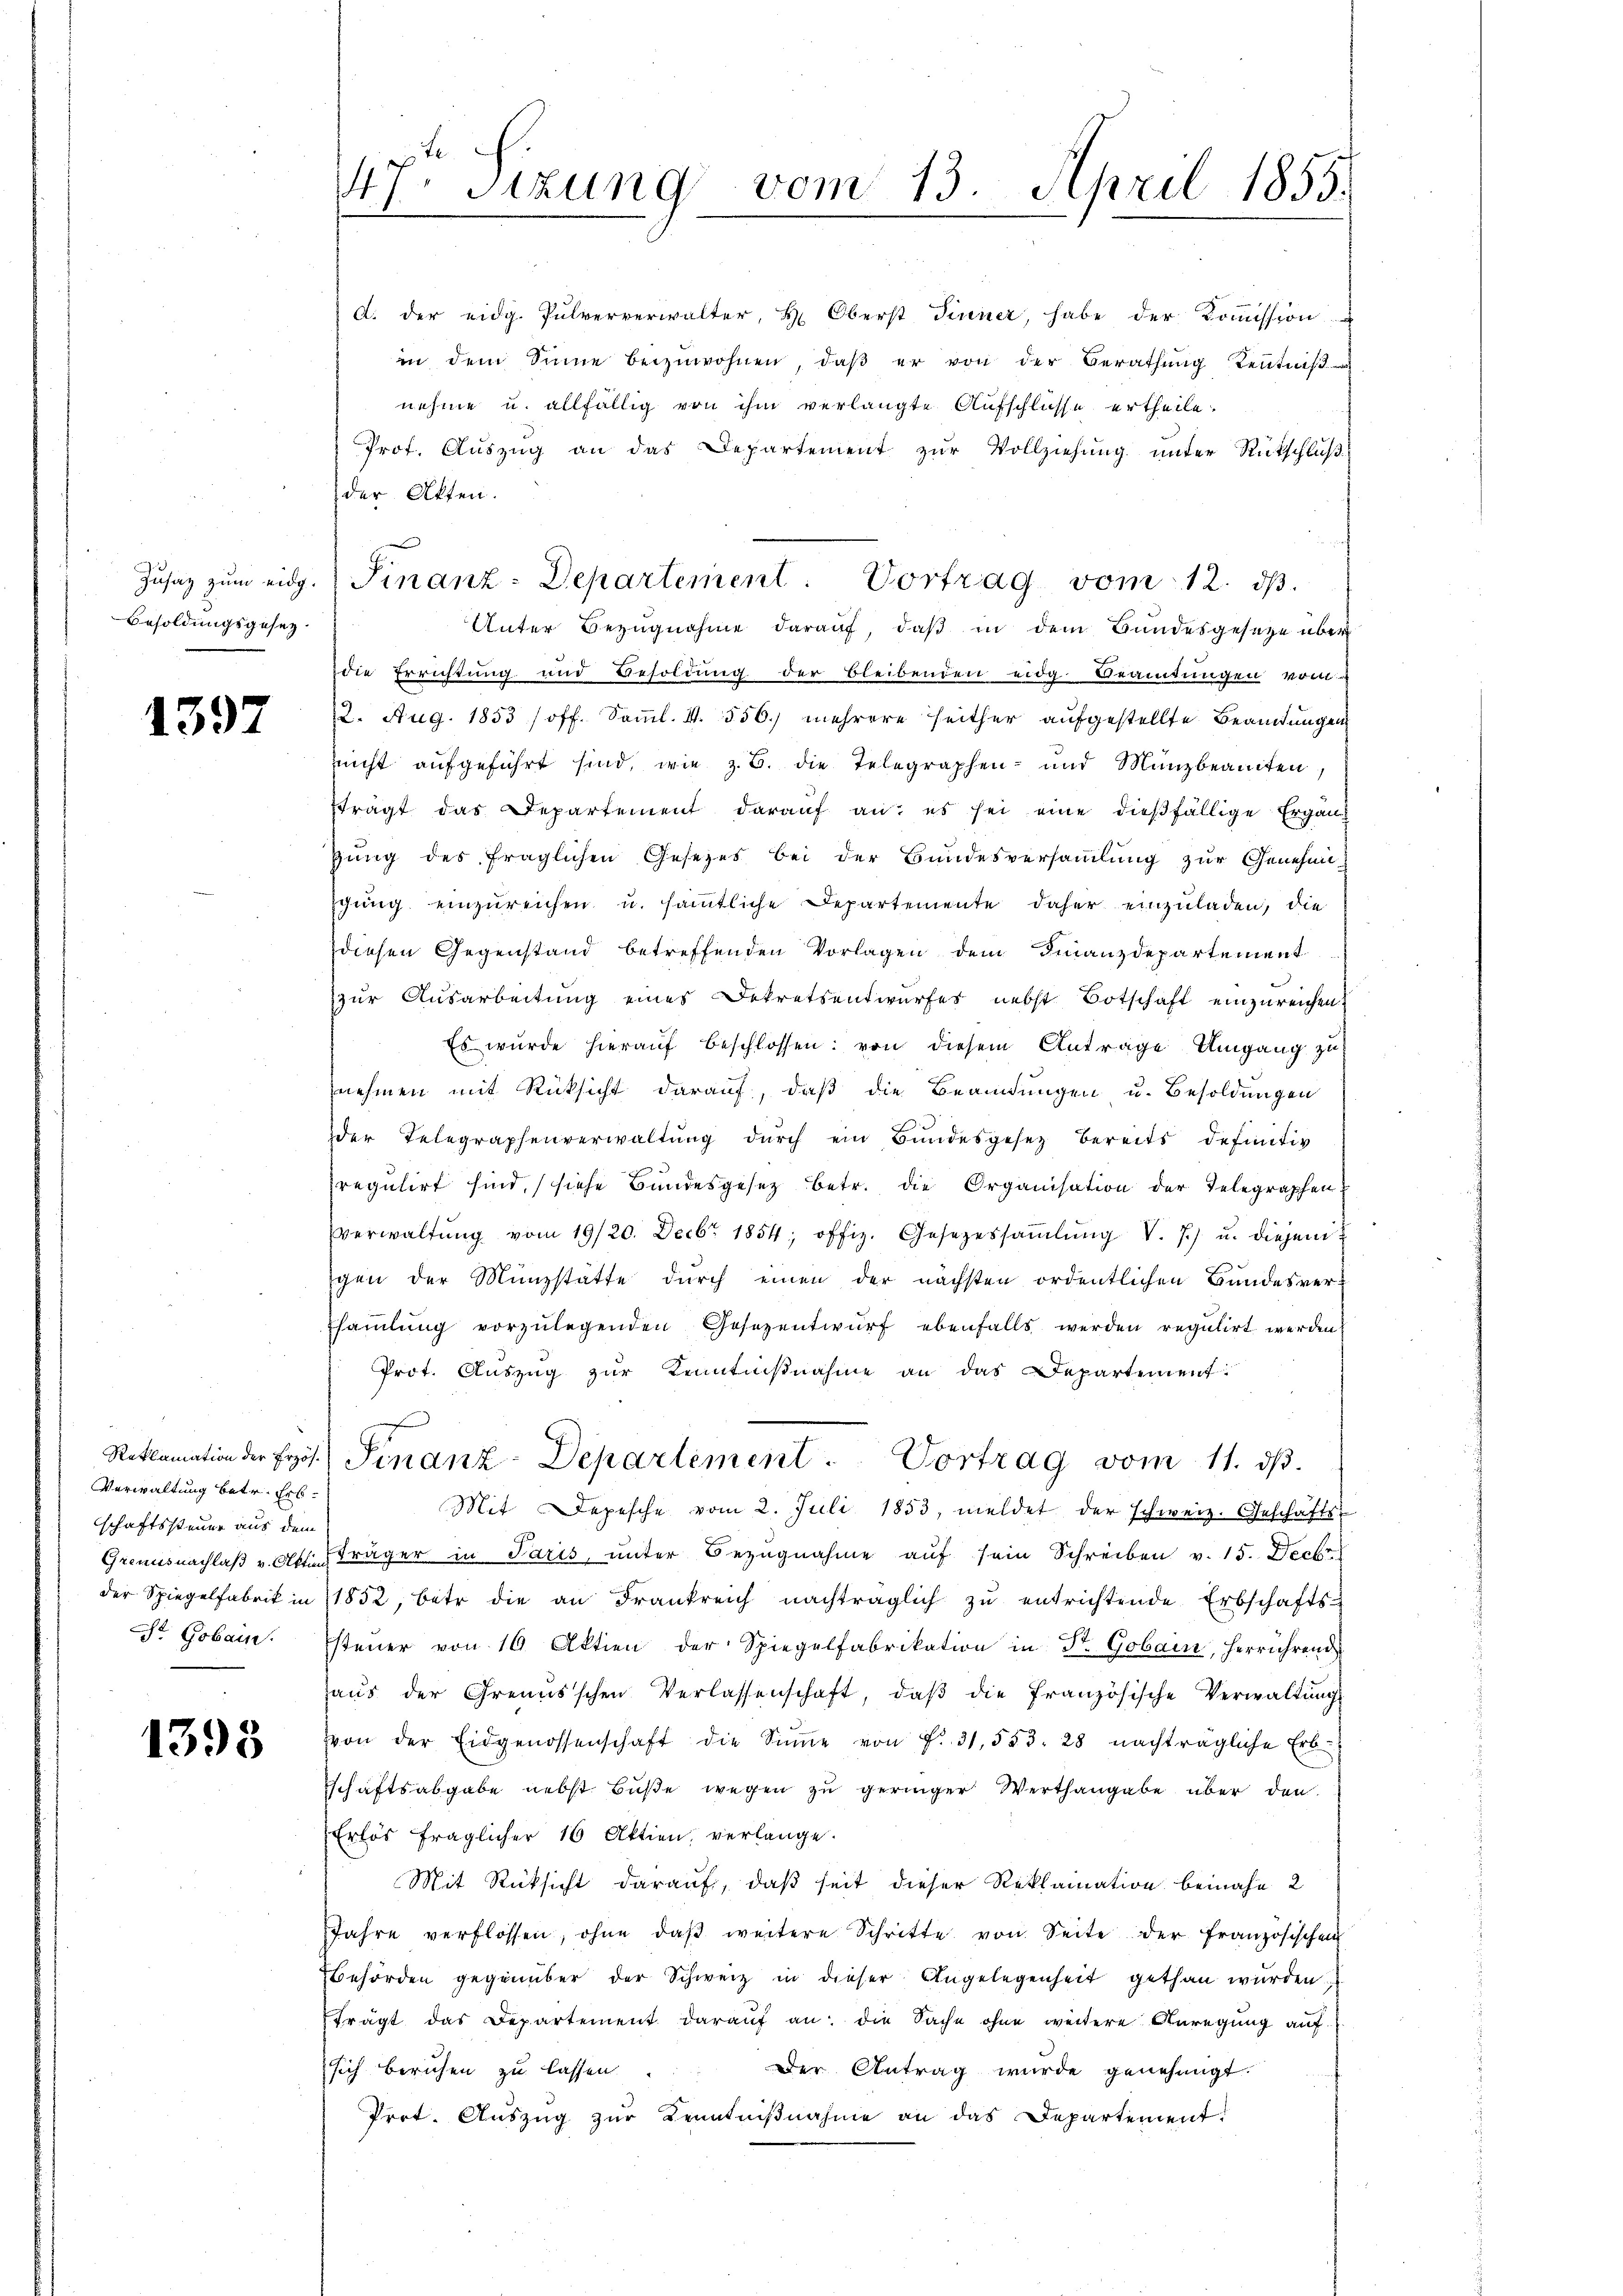
Zusatz zum eidg.
Besoldungsgesetz

1397

Verwaltung betr. Erbschaftssteuer aus dem
Grennsnachlaß v. Olktien
der Spiegelfabrik in
St. Gobain.

1395

47. Sizung

a. der eidg. Pulververwalter, u. Oberst Finner, habe der Koṁission
in dem Sinne beizuwohnen, daβ er von der Berathung Kenntnis
nehme u. allfällig von ihm verlangte Aufschlüsse ertheile.
Prof. Auszug an das Departement zur Vollziehung unter Ritschluß
der Akten.
Unter Bezugnahme darauf, daß in dem Bundesgesetze über
die Errichtung und Besoldung der bleibenden eidg. Beamtungen vom
2. Aug. 1853 /off. Samml. 4. 556.) mehrere seither aufgestellte Beamtungen
nicht aŭfgeführt sind, wie z. B. die Telegraphen- und Münzbeamten,
fträgt das Departement darauf an, es sei eine dießfällige Ergängung des fraglichen Gesetzes bei der Bundesversammlung zur Genehmigŭng einzureichen u. sämmtliche Departemente daher einzuladen, die
diesen Gegenstand betreffenden Vorlagen dem Finanzdepartement
zur Ausarbeitung eines Dekretsentwurfes nebst Botschaft einzureichen,
Es wurde hierauf beschlossen: von diesem Antrage Umgang zu
nehmen mit Rücksicht darauf, daß die Beamtungen u. Besoldungen
der Telegraphenverwaltŭng dŭrch ein Bŭndesgesetz bereits definitiv
regulirt sind, (siehe Bundesgesetz betr. die Organisation der Telegraphen,
Verwaltŭng vom 19/20. Decbr. 1854; offiz. Gesezessaṁlŭng V. 7) u. diesem
gen der Münzstatte durch einen der nächsten ordentlichen Bundesver-
Esaṁlŭng vorzŭlegenden Gesezentwŭrf ebenfalls werden regulirt werden
Prot. Auszug zur Kenntnisnahme an das Departement:
Reklamation der Erös. Finanz-Departement. Vortrag vom 11. ds.
Mit Depesche vom 2. Juli 1853, meldet der schweiz. Geschäfts-
Fräger in Paris, unter Bezugnahme auf sein Schreiben v. 15. Decbr.
1852, betr die an Frankreich nachträglich zŭ entrichtende Erbschafts-
steŭer von 10 Aktien der Spiegelfabrikation in St. Gobain, herrührend
aŭs der Grenŭsschen Verlassenschaft, daβ die französische Verwaltŭng
von der Eidgenossenschaft die Sinne von f. 31, 553. 28 nachträgliche Erb-
schaftsabgabe nebst Buße wegen zu geringer Werthangabe über den
Erlös fraglicher 16 Aktien, verlange.
Mit Rücksicht darauf, daß seit dieser Reklamation beinahe 2
Jahre verflossen, ohne daβ weitere Schritte von Seite der französischen
Behörden gegenüber der Schweiz in dieser Angelegenheit gethan wurden.
trägt das Departement darauf an: die Sache ohne weitere Anregung auf
Der Antrag wurde genehmigt.
sich beruhen zu lassen.
Prot. Auszug zur Kenntnißnahme an das Departement.

vom 13. April 1855.

Finanz-Departement. Vortrag vom 12. ds.